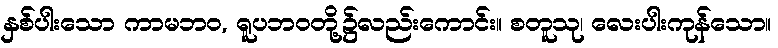
နှစ်ပါးသော ကာမဘဝ, ရူပဘဝတို့၌လည်းကောင်း။ စတူသု၊ လေးပါးကုန်သော။